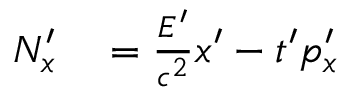
\begin{array} { r l } { N _ { x } ^ { \prime } } & { { } = { \frac { E ^ { \prime } } { c ^ { 2 } } } x ^ { \prime } - t ^ { \prime } p _ { x } ^ { \prime } } \end{array}